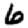
Digit: 6